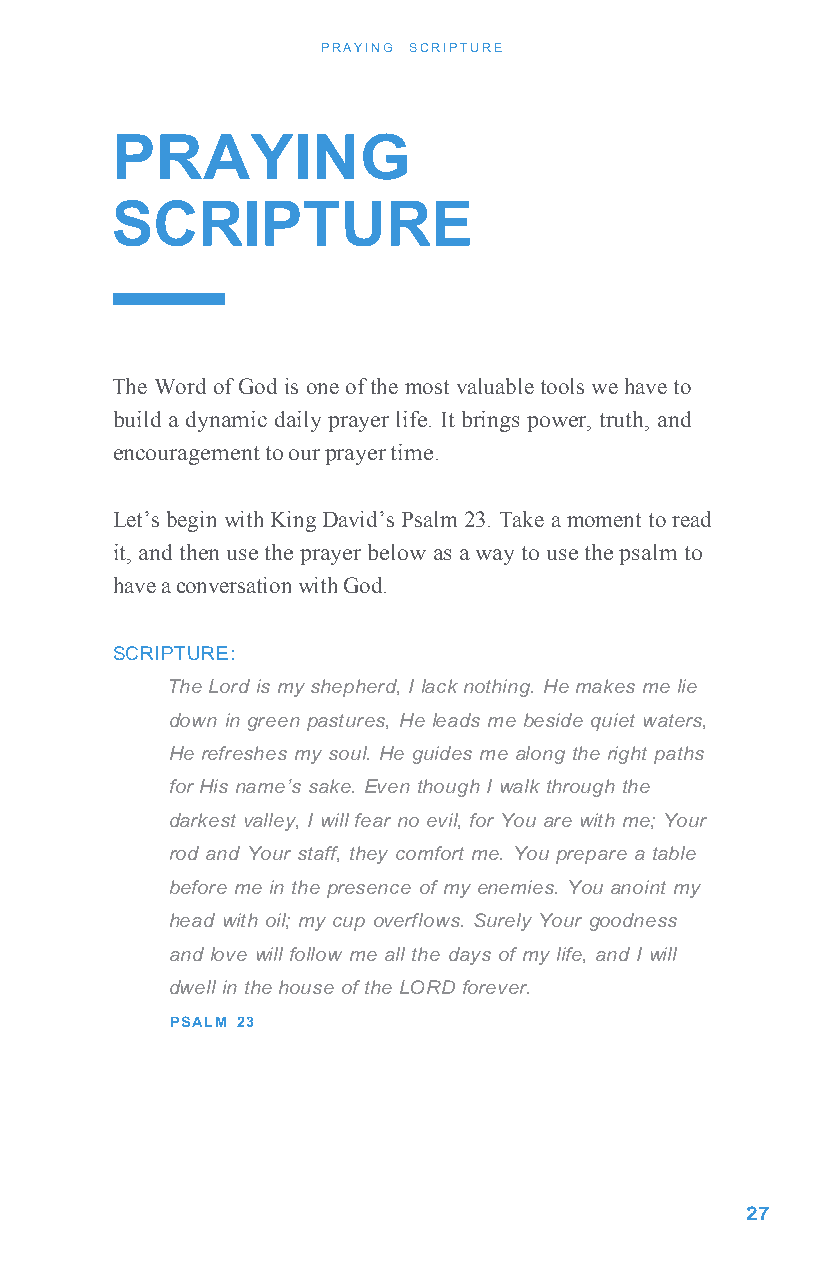
PRAYING SCRIPTURE
 PRAYING
 SCRIPTURE
 The Word of God is one of the most valuable tools we have to
 build a dynamic daily prayer life. It brings power, truth, and
 encouragement to our prayer time.
 Let’s begin with King David’s Psalm 23. Take a moment to read
 it, and then use the prayer below as a way to use the psalm to
 have a conversation with God.
 SCRIPTURE:
 The Lord is my shepherd, I lack nothing. He makes me lie
 down in green pastures, He leads me beside quiet waters,
 He refreshes my soul. He guides me along the right paths
 for His name’s sake. Even though I walk through the
 darkest valley, I will fear no evil, for You are with me; Your
 rod and Your staff, they comfort me. You prepare a table
 before me in the presence of my enemies. You anoint my
 head with oil; my cup overflows. Surely Your goodness
 and love will follow me all the days of my life, and I will
 dwell in the house of the LORD forever.
 PSALM 23
 27